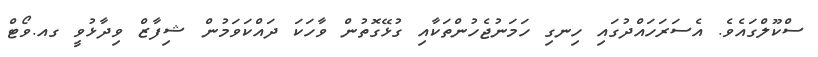
ސްކޫލްގައެވެ. އެސަރަހައްދުގައި ހިނގި ހަމަނުޖެހުންތަކާއި ގުޅޭގޮތުން ވާހަކަ ދައްކަވަމުން ޝިފާޒް ވިދާޅުވީ ގއ.ވޯޓް